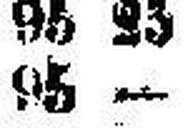
95 —